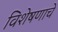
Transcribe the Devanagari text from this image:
विशेषणाचे